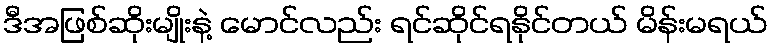
ဒီအဖြစ်ဆိုးမျိုးနဲ့ မောင်လည်း ရင်ဆိုင်ရနိုင်တယ် မိန်းမရယ်